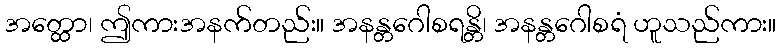
အတ္ထော၊ ဤကားအနက်တည်း။ အနန္တဂေါစရန္တိ၊ အနန္တဂေါစရံ ဟူသည်ကား။